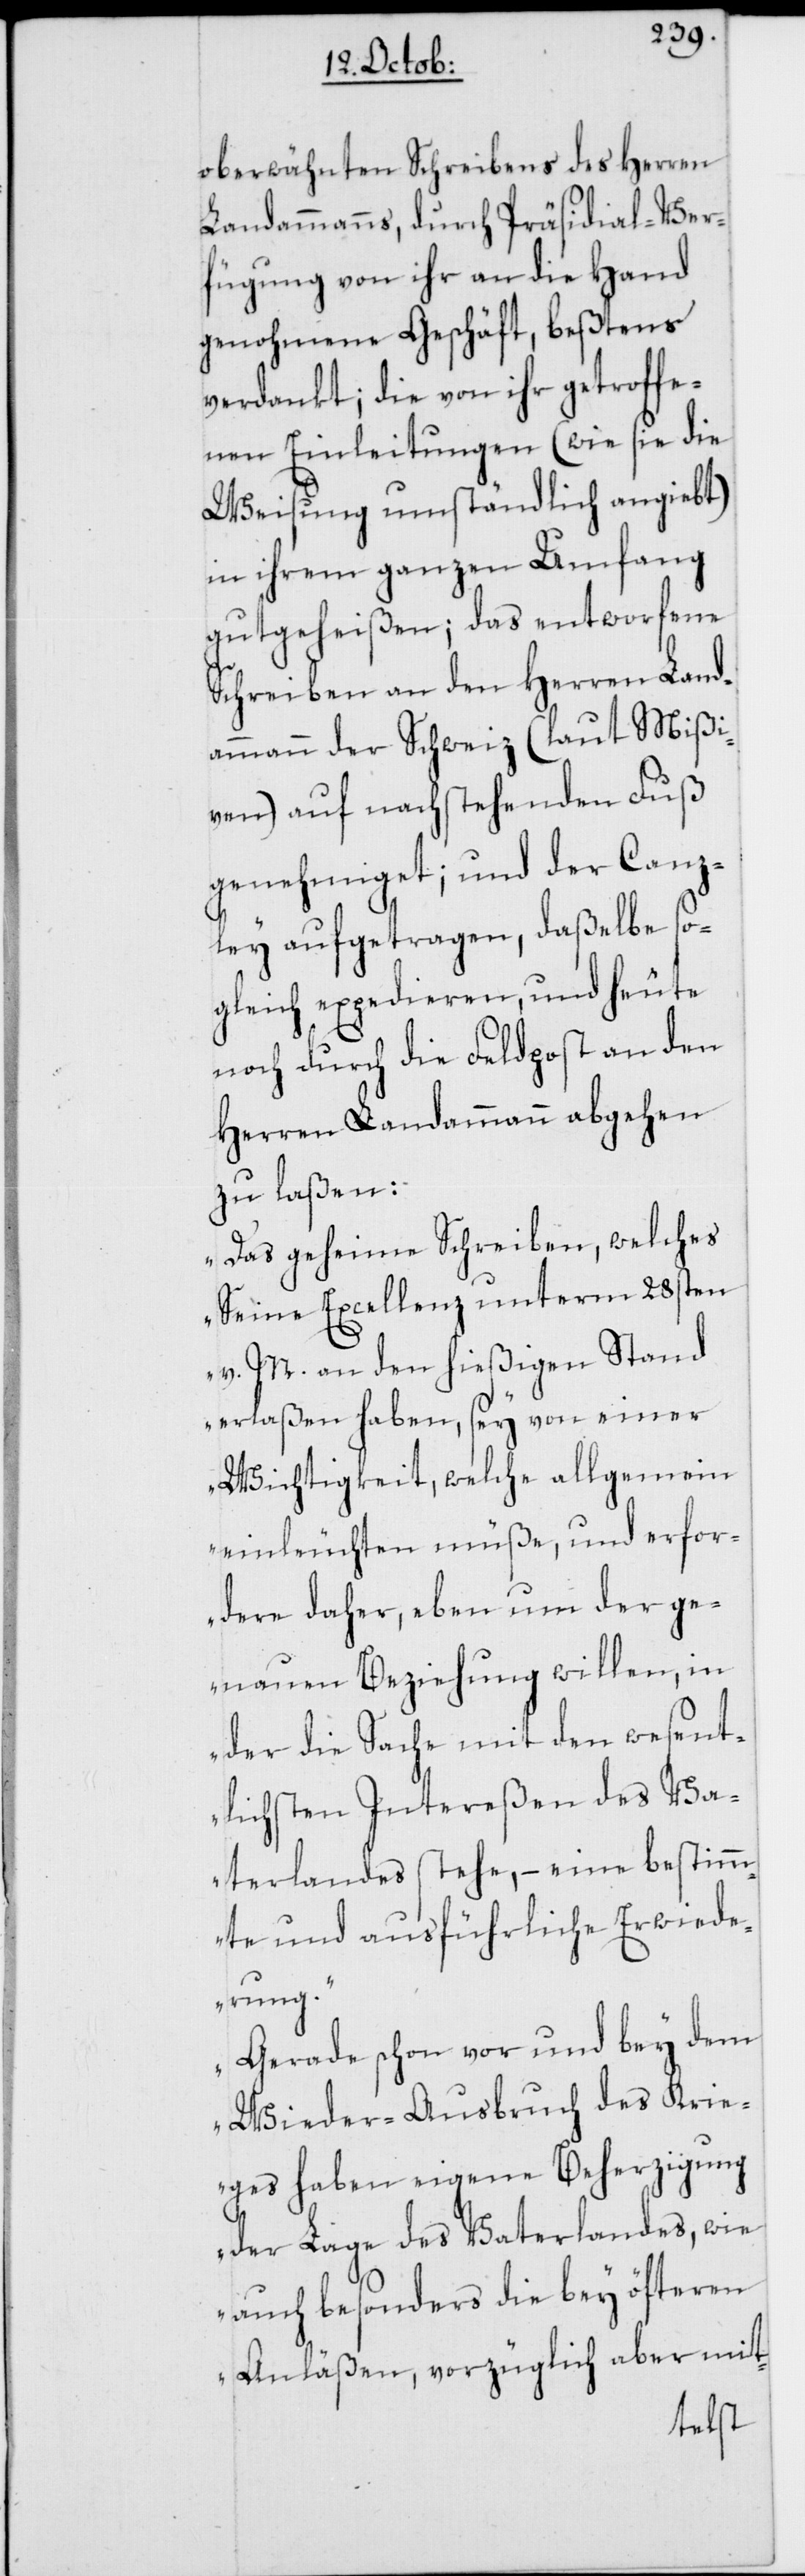
oberwähnten Schreibens des Herren
Landammanns, durch Präsidial-Ver¬
fügung von ihr an die Hand
genohmene Geschäft, beßtens
verdankt; die von ihr getroffe¬
nen Einleitungen (wie sie die
Weisung umständlich angiebt)
in ihrem ganzen Umfang
gutgeheißen; das entworfene
Schreiben an den Herren Land¬
ammann der Schweiz (laut Mißi¬
ven) auf nachstehenden Fuß
genehmiget; und der Canz¬
ley aufgetragen, daßelbe so¬
gleich expedieren, und heute
noch durch die Feldpost an den
Herren Landammann abgehen
zu laßen:
„Das geheime Schreiben, welches
Seine Excellenz unterm 28sten
v. M. an den hießigen Stand
erlaßen haben, sey von einer
Wichtigkeit, welche allgemein
einleuchten müße, und erfor¬
dere daher, eben um der ge¬
nauen Beziehung willen, in
der die Sache mit den wesent¬
lichsten Intereßen des Va¬
terlandes stehe, – eine bestimm¬
te und ausführliche Erwiede¬
rung.
Gerade schon vor und bey dem
Wieder-Ausbruch des Krie¬
ges haben eigene Beherzigung
der Lage des Vaterlandes, wie
auch besonders die bey öfteren
Anläßen, vorzüglich aber mit-